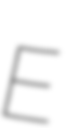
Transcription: E